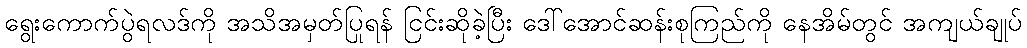
ရွေးကောက်ပွဲရလဒ်ကို အသိအမှတ်ပြုရန် ငြင်းဆိုခဲ့ပြီး ဒေါ်အောင်ဆန်းစုကြည်ကို နေအိမ်တွင် အကျယ်ချုပ်